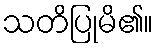
သတိပြုမိ၏။